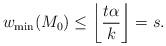
LaTeX: \begin{align*} w_{\min}(M_0)\leq\left\lfloor\frac{t\alpha}{k}\right\rfloor=s.\end{align*}